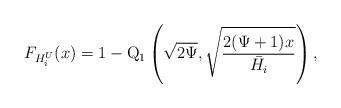
LaTeX: \begin{align*}F_{H^U_i}(x) = 1-\mathrm{Q}_1\left(\sqrt{2\Psi},\sqrt{\frac{2(\Psi+1)x}{\bar{H_i}}}\right),\end{align*}